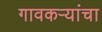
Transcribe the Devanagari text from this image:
गावकऱ्यांचा